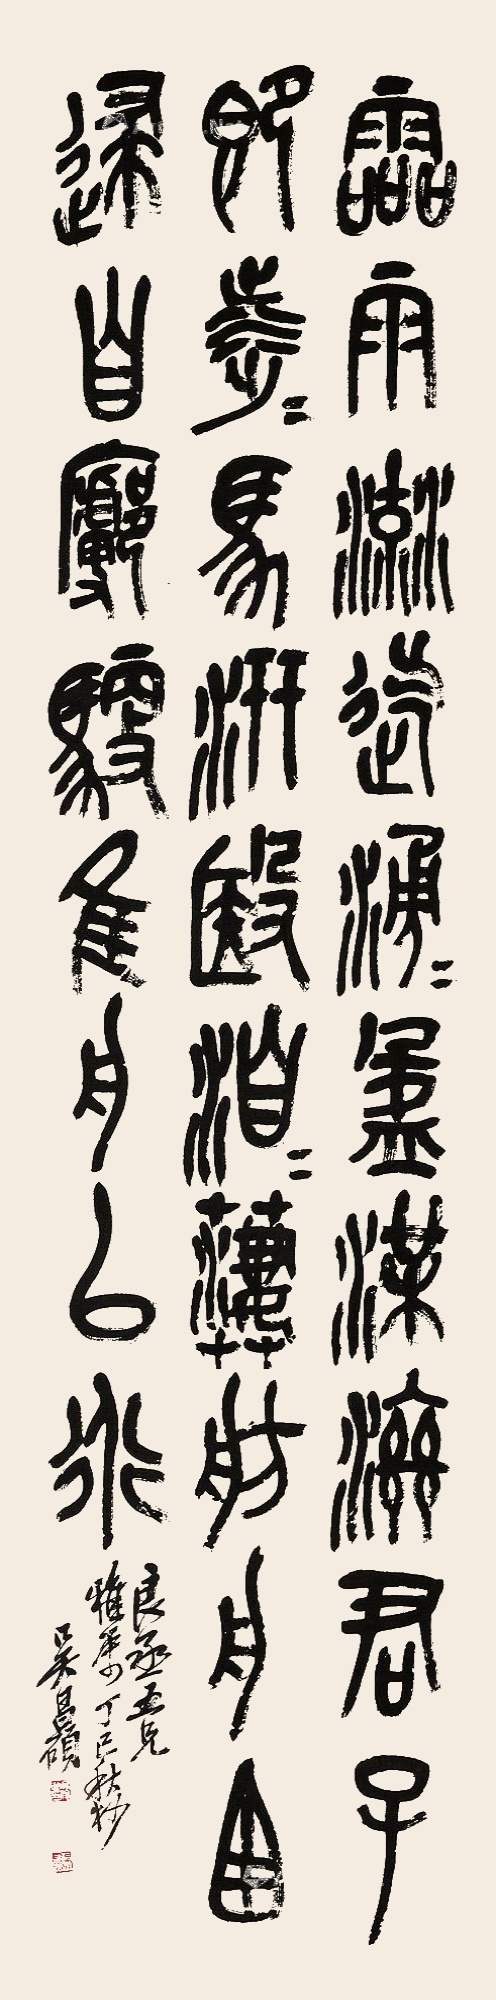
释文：雷雨流迄，涌涌盈渫滋。君子即涉涉马汧殹。洎洎萋舫，舟西逮。自徒驭隹舟以行。良丞五兄雅属，丁巳秋杪，吴昌硕。